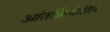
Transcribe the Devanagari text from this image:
आंतर्क्रियेतील